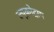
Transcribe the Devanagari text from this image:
ल्यूकोट्राप